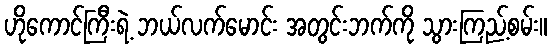
ဟိုကောင်ကြီးရဲ့ ဘယ်လက်မောင်း အတွင်းဘက်ကို သွားကြည့်စမ်း။